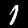
Label: 1